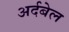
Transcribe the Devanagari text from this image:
अर्दबेल